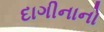
દાગીનાનો